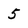
Character: 5